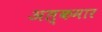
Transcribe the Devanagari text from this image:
अल्कमार